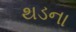
થડના